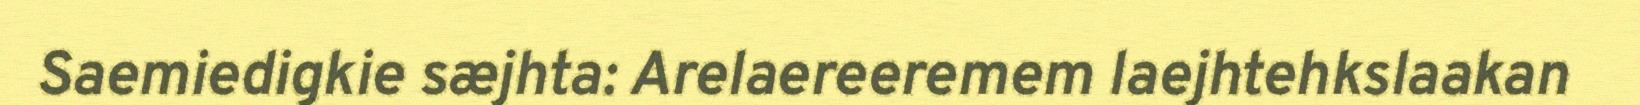
Saemiedigkie sæjhta: Arelaereeremem laejhtehkslaakan